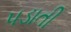
પડાતી